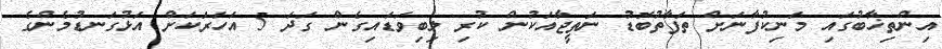
އިންތިޚާބުގައި މަނިކުފާނަށް ތަފާތުބޮޑު ނަތީޖާއަކުން ކުރި ލިބިވަޑައިގެން ގަދަ 5 އަހަރަކަށް އަޅުގަނޑުމެންގެ